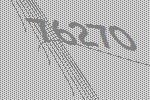
76270